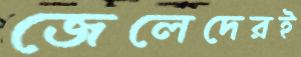
জেলেদেরই